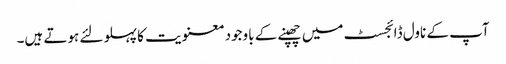
آپ کے ناول ڈائجسٹ میں چھپنے کے باوجود معنویت کا پہلو لئے ہوتے ہیں۔